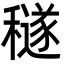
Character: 穟